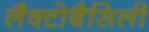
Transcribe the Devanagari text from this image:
लैक्टोबैसिली